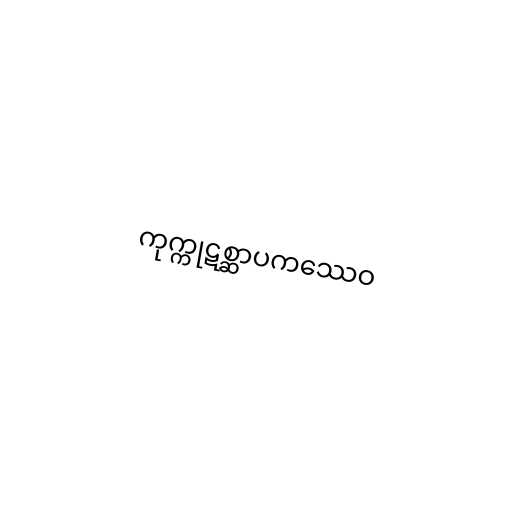
ကုက္ကုဋစ္ဆာပကဿေဝ